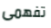
تفهمى